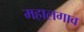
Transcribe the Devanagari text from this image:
महालगाव